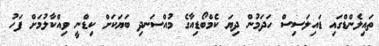
ތައިލެންޑްގައި ޑައިލަސިސް ހަދަމުން ދިޔަ ކެމްބޯޑިއާގެ މުއްސަނދި ބަޔަކަށް ކިޑްނީ ވިއްކާލުމަށް ފަހު